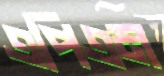
এপিএম